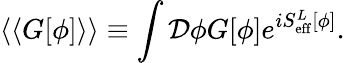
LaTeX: \langle\langle G[\phi]\rangle\rangle\equiv\int{\cal D}\phi G[\phi]e^{iS_{\mathrm{eff}}^{L}[\phi]}.